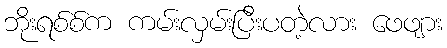
ဘိုးရစ်စ်က ကမ်းလှမ်းပြီးပတဲ့လား ဖေဖျား